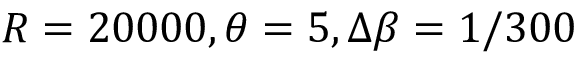
R = 2 0 0 0 0 , \theta = 5 , \Delta \beta = 1 / 3 0 0